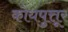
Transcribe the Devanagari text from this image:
कोयपुत्तूर